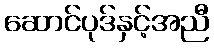
ဆောင်ပုဒ်နှင့်အညီ